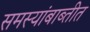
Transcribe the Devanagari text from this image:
समस्यांबाब्तीत